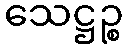
သေဋ္ဌဉ္စ